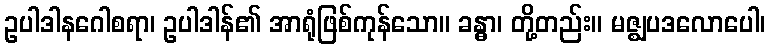
ဥပါဒါနဂေါစရာ၊ ဥပါဒါန်၏ အာရုံဖြစ်ကုန်သော။ ခန္ဓာ၊ တို့တည်း။ မဇ္ဈပဒလောပေါ၊